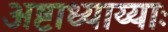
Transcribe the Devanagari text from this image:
अष्टाध्याय्याः